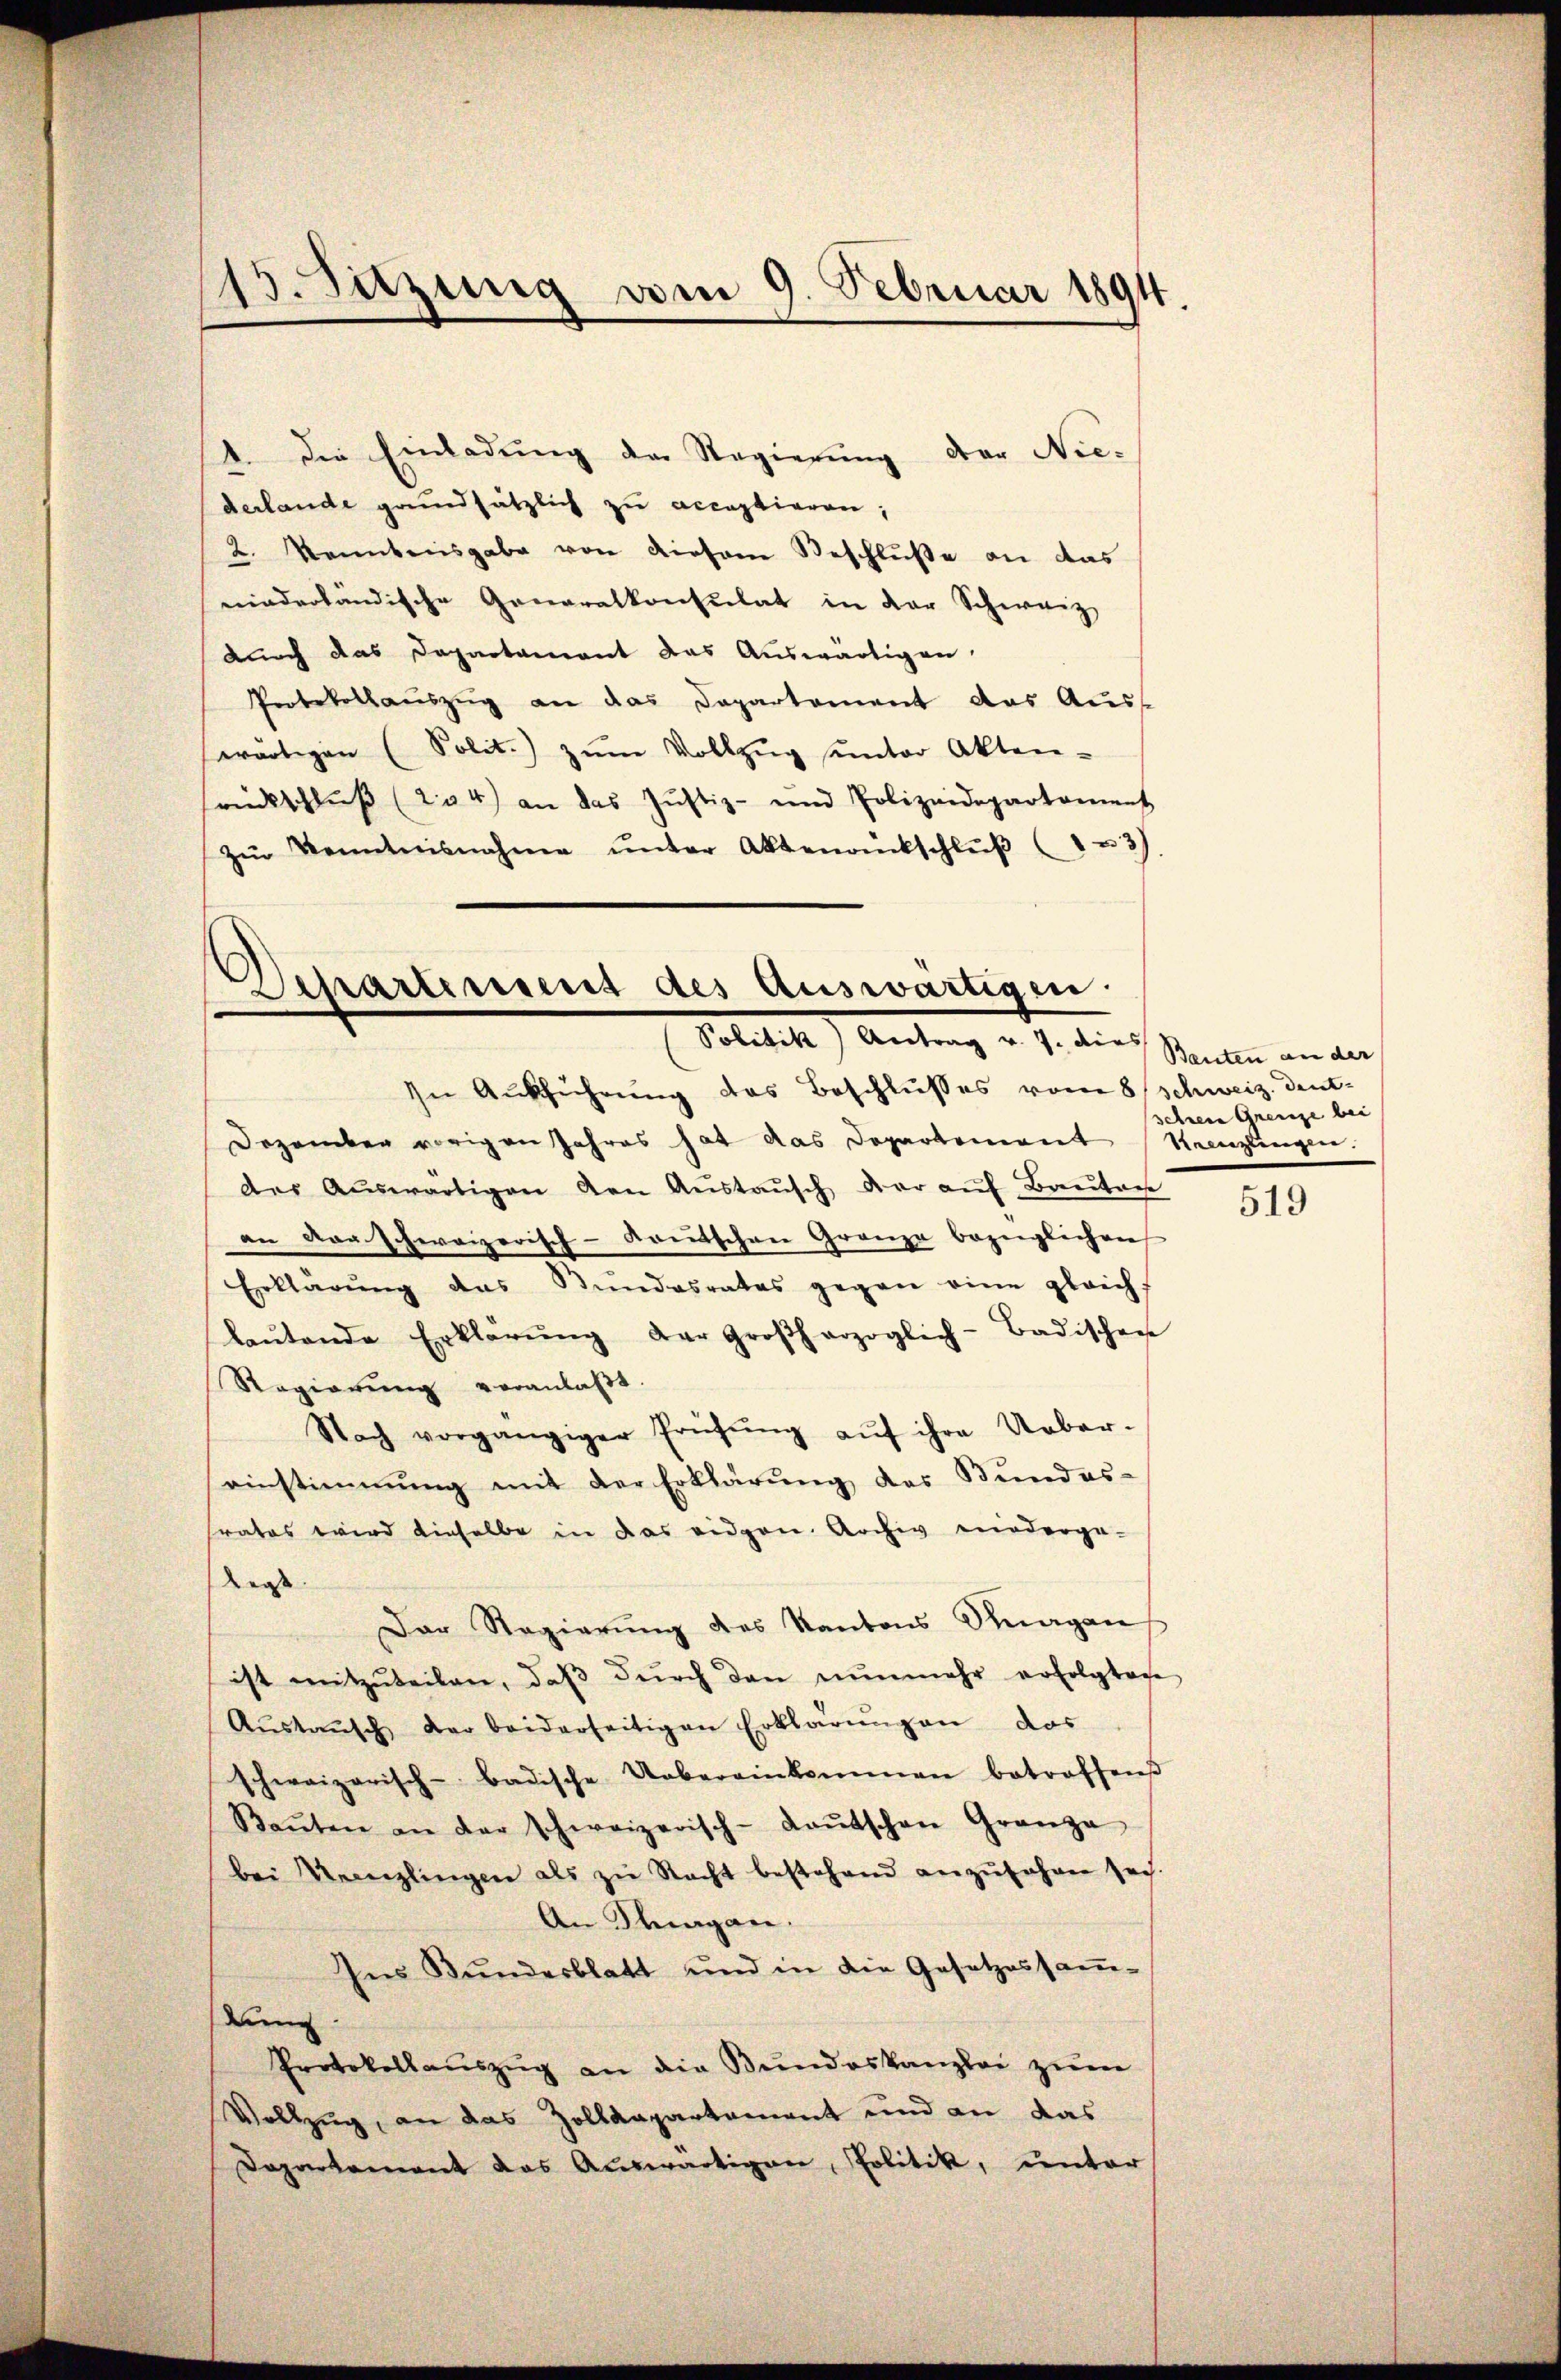
1. Die Einladung der Regierung der Nie-
derlande grundsätzlich zu acceptieren;
2. kanntersgabe von diesem Beschluße an das
niederländische Generalkonsulat in der Schweiz
durch das Departament das Auswärtigen.
Protokollauszug an das Departement das Auss
erartigen (Polit. zŭm Vollzŭg ŭnter Akten-
rückschlŭβ (204) an das Justiz- und Polizeidepartament
zŭr Kenntnisnahme ŭnter Aktenrückschlŭβ (1 u. 3)

13. Sitzung vom 9. Februar 1891

Departement des Auswärtigen.
Politik) Antrag v. J. dies
In Ausführung des Beschlusses vom 8 Schweiz. deut-

Dezember vorigen Jahres hat das Departement Kenzlingen.
der Aŭswärtigen den Aŭstaŭsch der auf Bautan
an das schweizerisch-Kautschen Granze bezüglichen
Erklärŭng das Bundesrates gegen eine gleich-
laŭtende Erklärŭng der Großherzoglich-Badischen
Regierŭng veranlaβt.
Nach vorgängiger Prüfŭng aŭf ihre Ueber-
einstimmung mit der Erklärung des Bundes-
frates wird dieselbe in das eidgen. Archiv niederge-
Kaos
Der Regierŭng des Kantons Magan
ist mitzŭteilen, daβ dŭrch den nŭnmehr erfolgtage
Aŭstaŭsch der beiderseitigen Erklärŭngen das
schweizerisch-badische Uebereinkommen betroffend
Baŭten an der schweizerisch-Kaŭtschen Granza
bei Neenzlingen als zu Nacht bestehend anzŭfahren sei.
An Klagen.
Ins Bundesblatt und in die Gesetzessam-
dung
Protokollaŭszŭg an die Bundeskanzlei zum
Vollzug, an das Zolldepartement und an das
Departement das Auswärtigen, Politik, unter

Bauten an der
sehren Grenze bei

519